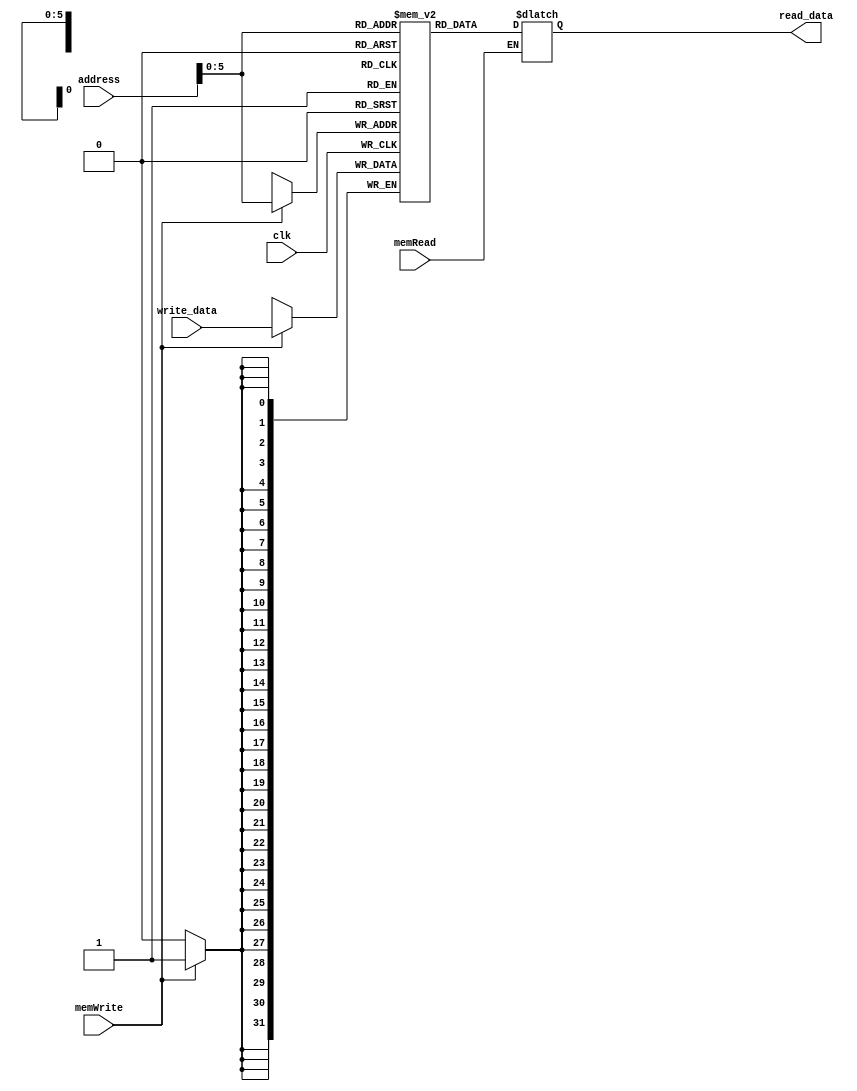
module data_memory(clk,address,write_data,memWrite,memRead,read_data);
	input [31:0] address,write_data;
	input memWrite,memRead,clk;
	output reg [31:0] read_data;
	reg [31:0] data [63:0];
	
	always @(*) begin
		if(memRead) begin
			read_data<= data[address];
		end
	end
	
	always @(posedge clk) begin
		if(memWrite)begin
			data[address]<= write_data;
		end
	end

	endmodule